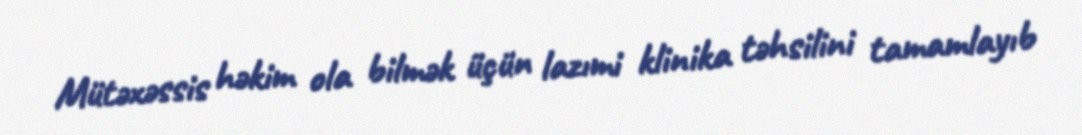
Mütəxəssis həkim ola bilmək üçün lazımi klinika təhsilini tamamlayıb